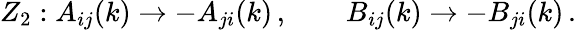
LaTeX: Z_{2}:A_{ij}(k)\rightarrow-A_{ji}(k)\, ,\qquad B_{ij}(k)\rightarrow-B_{ji}(k)\, .